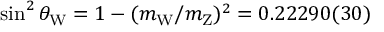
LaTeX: \sin ^ { 2 } \theta _ { \mathrm { W } } = 1 - ( m _ { \mathrm { W } } / m _ { \mathrm { Z } } ) ^ { 2 } = 0 . 2 2 2 9 0 ( 3 0 )